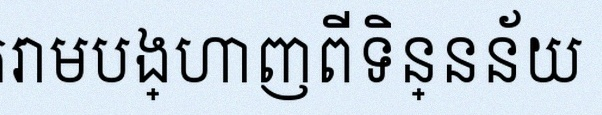
តារាងខាងក្រោមបង្ហាញពីទិន្នន័យ